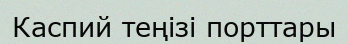
Каспий теңізі порттары